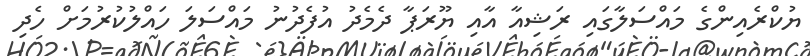
ޔުކްރެއިންގެ މައްސަލާގައި ރަޝިއާ އާއި ޔޫރަޕާ ދެމެދު އުފެދުނު މައްސަލަ ހައްލުކުރުމަށް ހެދި